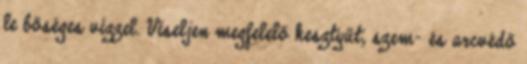
le bőséges vízzel. Viseljen megfelelő kesztyűt, szem- és arcvédő